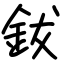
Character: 鈸